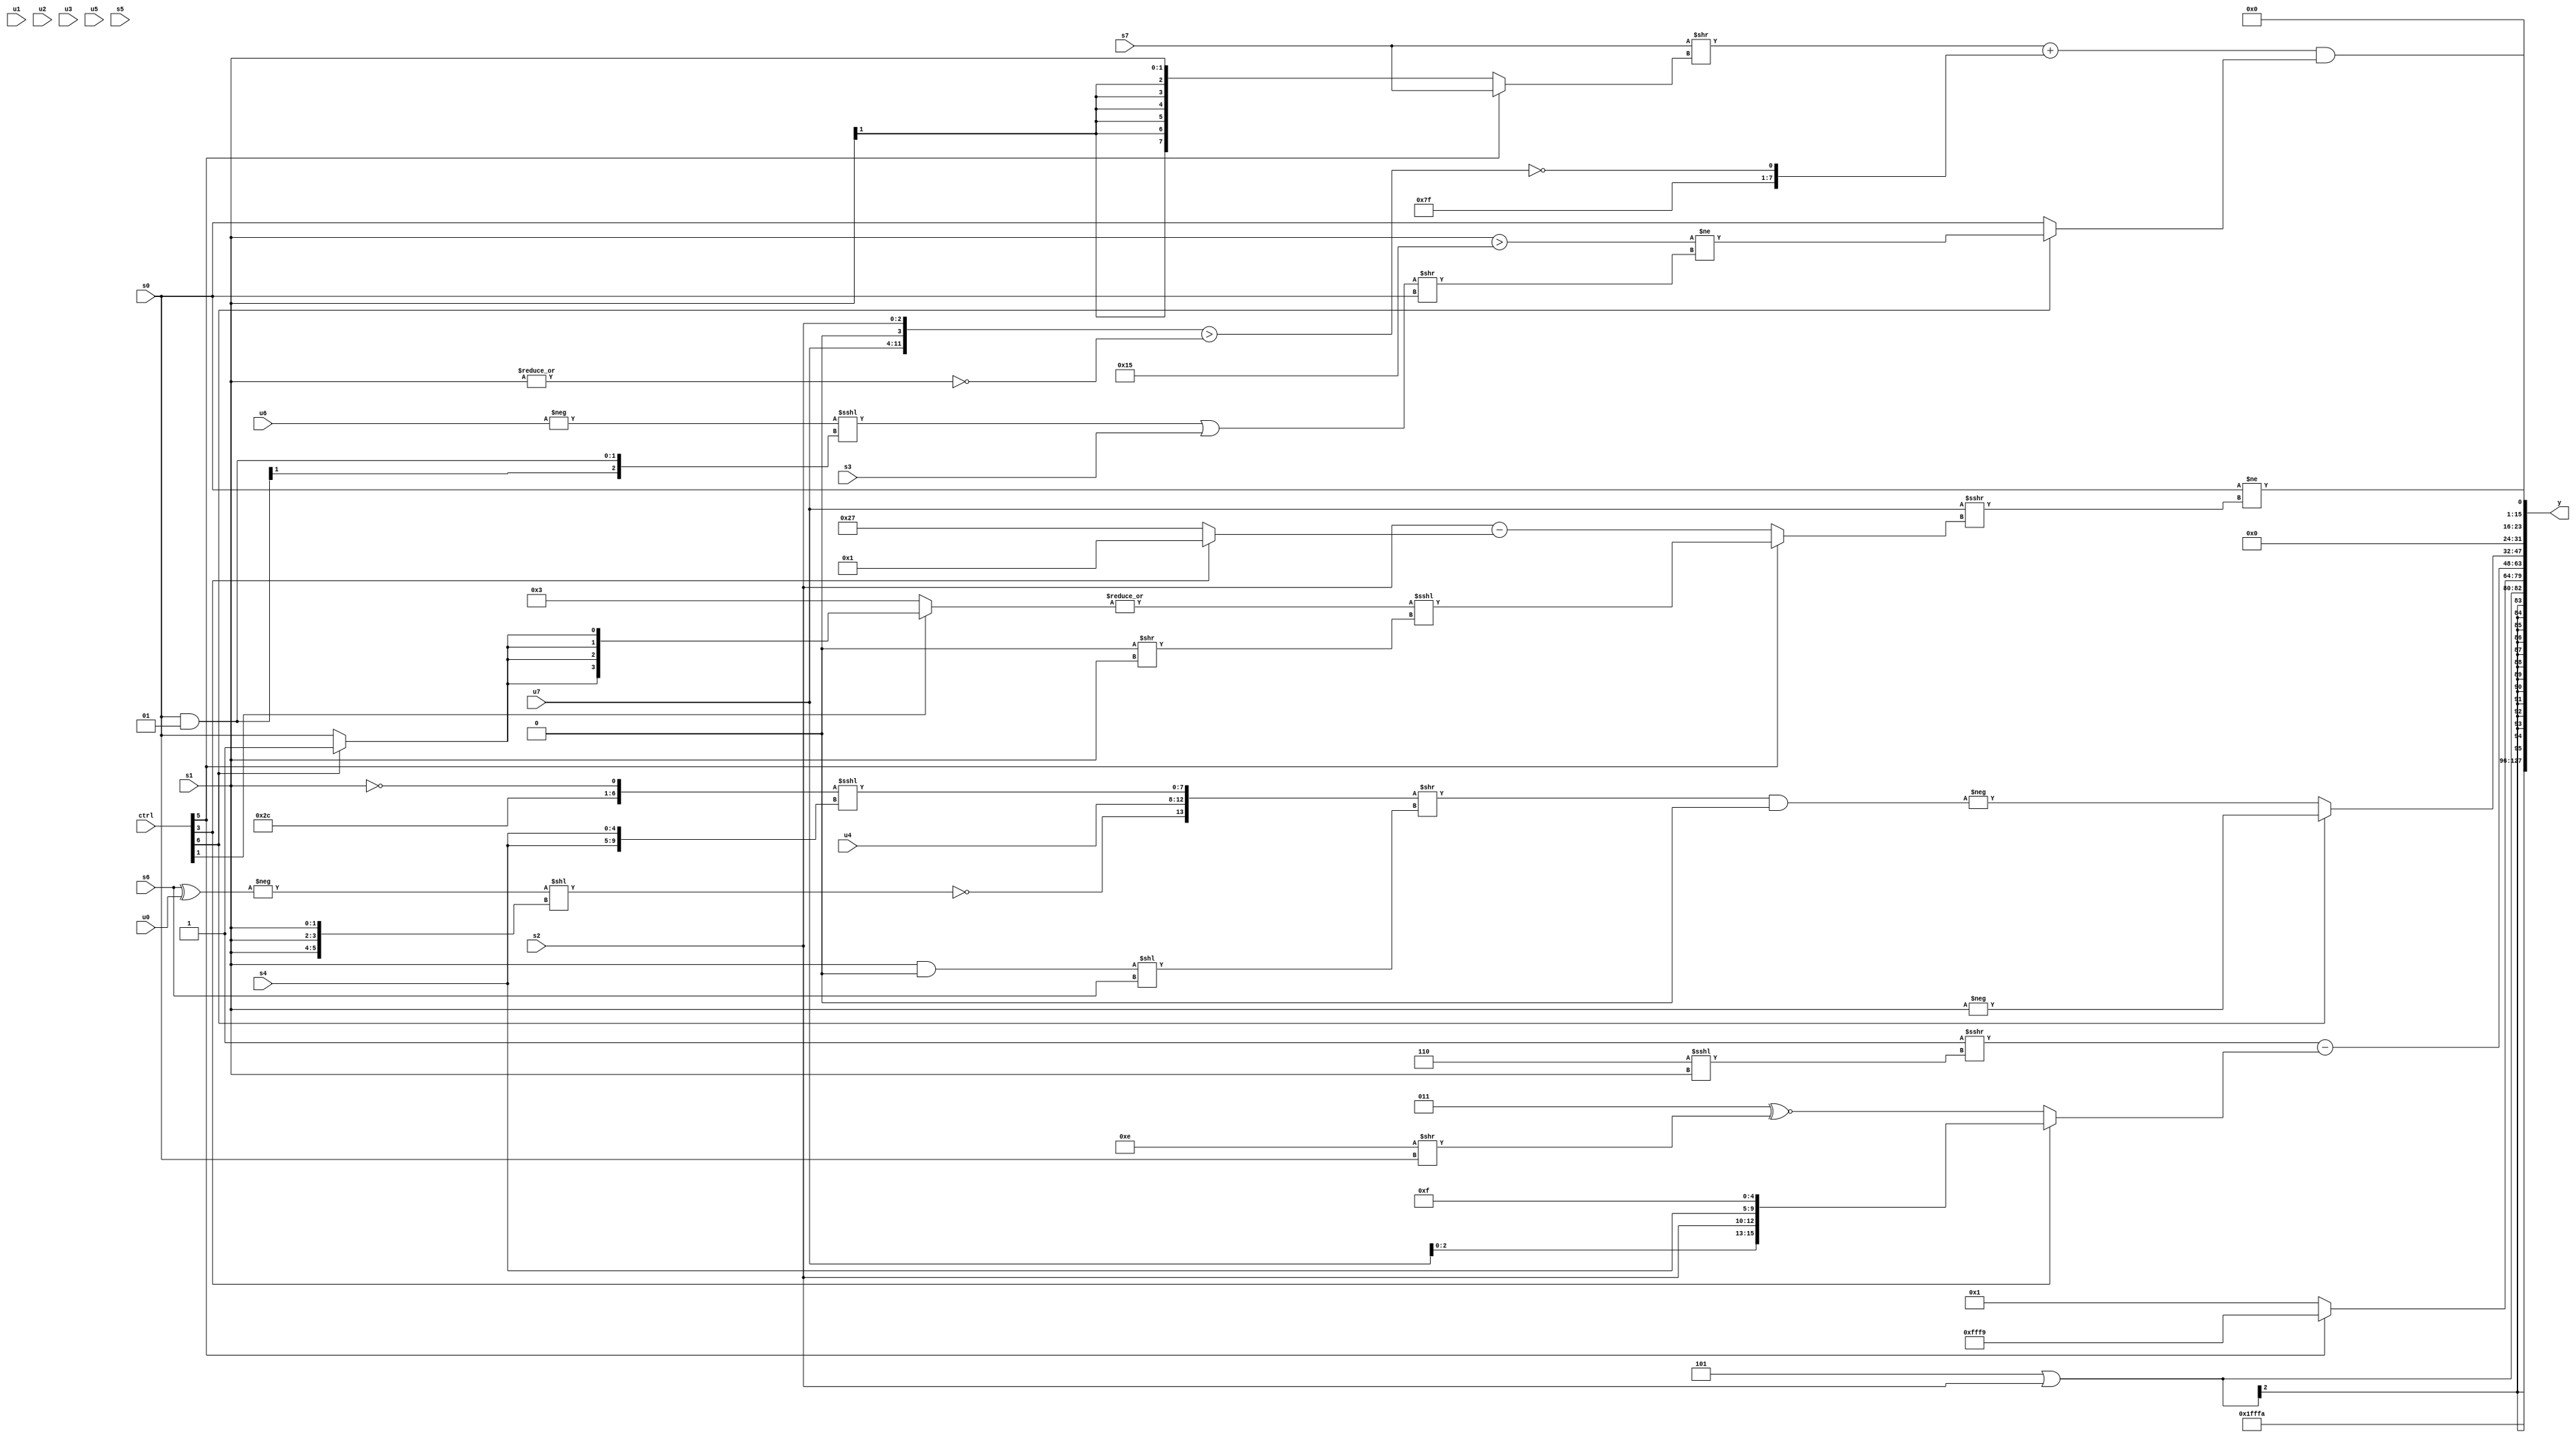
module wideexpr_00939(ctrl, u0, u1, u2, u3, u4, u5, u6, u7, s0, s1, s2, s3, s4, s5, s6, s7, y);
  input [7:0] ctrl;
  input [0:0] u0;
  input [1:0] u1;
  input [2:0] u2;
  input [3:0] u3;
  input [4:0] u4;
  input [5:0] u5;
  input [6:0] u6;
  input [7:0] u7;
  input signed [0:0] s0;
  input signed [1:0] s1;
  input signed [2:0] s2;
  input signed [3:0] s3;
  input signed [4:0] s4;
  input signed [5:0] s5;
  input signed [6:0] s6;
  input signed [7:0] s7;
  output [127:0] y;
  wire [15:0] y0;
  wire [15:0] y1;
  wire [15:0] y2;
  wire [15:0] y3;
  wire [15:0] y4;
  wire [15:0] y5;
  wire [15:0] y6;
  wire [15:0] y7;
  assign y = {y0,y1,y2,y3,y4,y5,y6,y7};
  assign y0 = 5'b00001;
  assign y1 = -(6'b000110);
  assign y2 = (-((ctrl[2]?(5'sb00011)<<((s3)>>(3'sb100)):+(+(4'sb0011)))))|((ctrl[7]?s2:s2));
  assign y3 = (ctrl[5]?$signed($signed(5'sb11001)):$signed(2'b01));
  assign y4 = +(((1'sb1)>>>(((4'b0110)<<<(s1))<<<((1'sb0)^~(2'sb11))))-((ctrl[3]?$signed({u7,s2,s4,5'sb01111}):(3'sb011)^~((5'sb01110)>>(s0)))));
  assign y5 = (ctrl[6]?-(s1):-((({$signed(+(1'sb0)),!((-((s6)^(u0)))<<({3{$signed(s1)}})),u4,$signed(({+(1'sb0),-(6'sb010100),!(s1)})<<<({2{s4}}))})>>($signed($signed((($signed(s1))&(-(3'b000)))<<(s6)))))&(2'b00)));
  assign y6 = ($unsigned({(($signed(s7))>>(((ctrl[5]?s7:s1))<<(1'sb0)))+((({u7,1'b0,s2})>(~|(s1)))^~(~&(1'sb1)))}))&((ctrl[6]?(+((s1)>(-(~(5'b10100)))))!=((((-(u6))<<<((s0)&(3'sb001)))|(s3))>>(s0)):$unsigned(-(s0))));
  assign y7 = (s0)!=((u7)>>>((ctrl[5]?($signed(|((ctrl[1]?(ctrl[6]?1'sb1:s0):4'sb0011))))<<<($unsigned((($signed(2'sb00))>>({2{2'sb10}}))>>($unsigned(s1)))):+((+(+({s2})))-((ctrl[3]?(ctrl[2]?+(3'b001):(5'sb00001)<<<(1'sb0)):6'sb100111))))));
endmodule